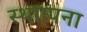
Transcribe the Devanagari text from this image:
स्थाापना